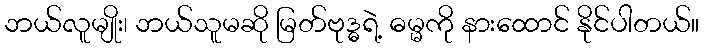
ဘယ်လူမျိုး၊ ဘယ်သူမဆို မြတ်ဗုဒ္ဓရဲ့ ဓမ္မကို နားထောင် နိုင်ပါတယ်။